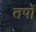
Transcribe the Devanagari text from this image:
तपों